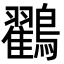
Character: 鸐